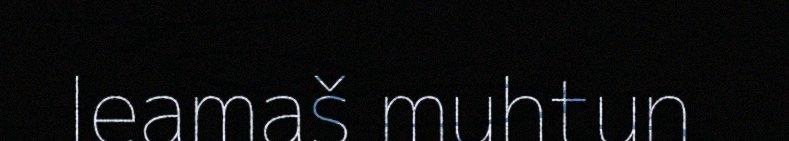
leamaš muhtun